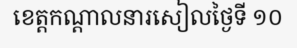
ខេត្តកណ្តាលនារសៀលថ្ងៃទី ១០